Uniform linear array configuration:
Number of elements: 48
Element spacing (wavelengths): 0.75
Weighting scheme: cosine
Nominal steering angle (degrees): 45
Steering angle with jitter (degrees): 46.978
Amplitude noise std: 0.05
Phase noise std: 0.05

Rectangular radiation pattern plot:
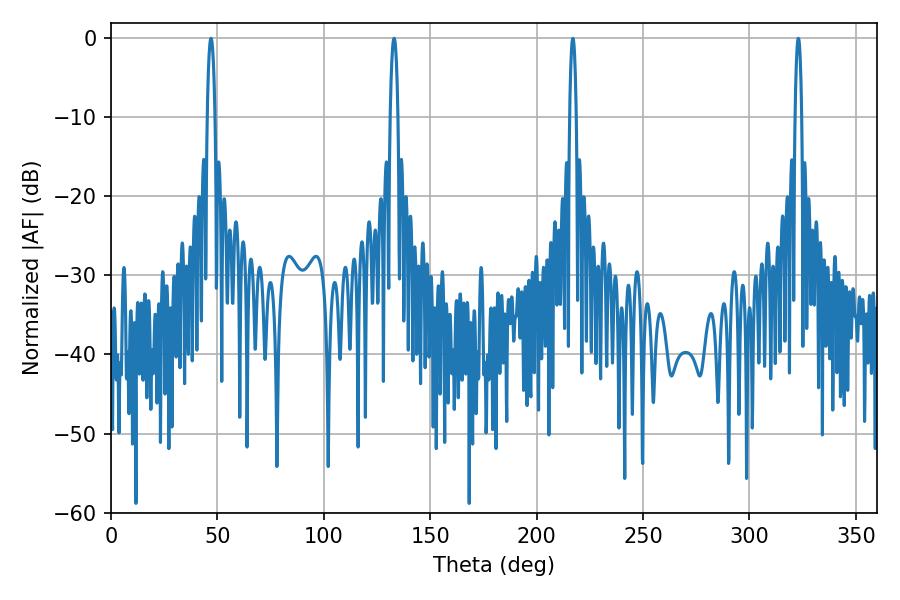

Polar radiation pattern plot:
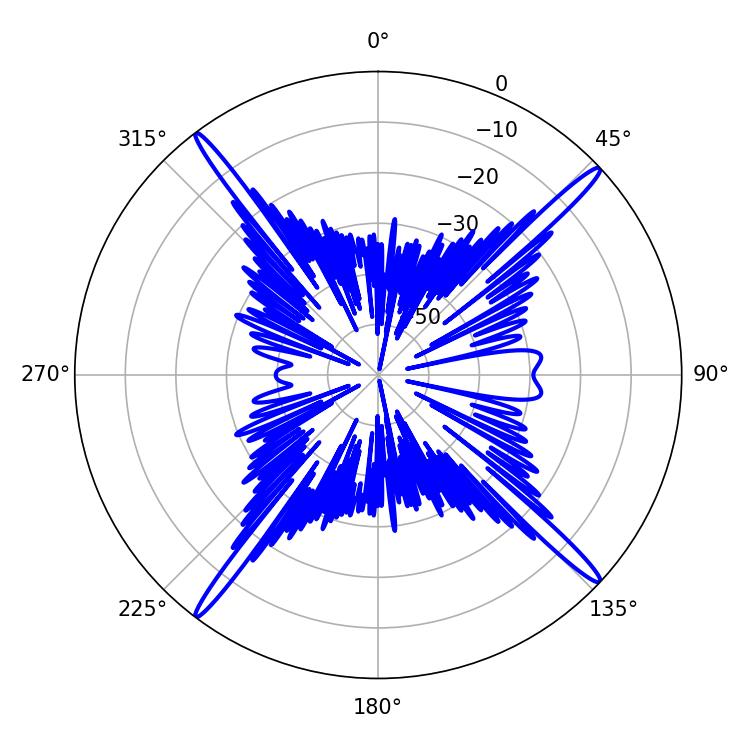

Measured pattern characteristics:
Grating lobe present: TRUE
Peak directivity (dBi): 20.405
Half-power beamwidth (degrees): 1.98
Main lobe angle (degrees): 46.98